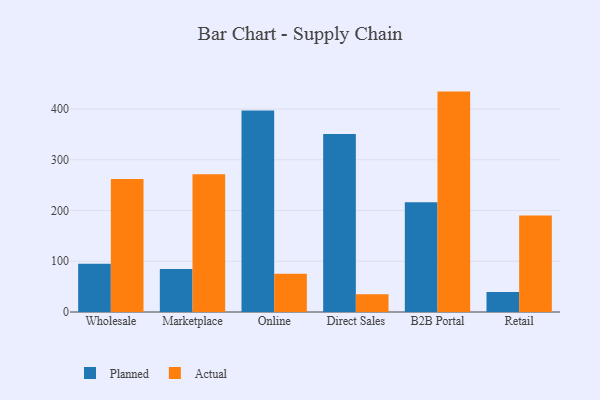
{"axis": {"x": "Channel", "y": "Customer Acquisition Cost (USD)"}, "legend": ["Actual", "Planned"], "data": [{"x": "Wholesale", "y": 94.9, "type": "Planned"}, {"x": "Wholesale", "y": 262.0, "type": "Actual"}, {"x": "Marketplace", "y": 84.6, "type": "Planned"}, {"x": "Marketplace", "y": 271.7, "type": "Actual"}, {"x": "Online", "y": 397.3, "type": "Planned"}, {"x": "Online", "y": 75.6, "type": "Actual"}, {"x": "Direct Sales", "y": 350.8, "type": "Planned"}, {"x": "Direct Sales", "y": 34.9, "type": "Actual"}, {"x": "B2B Portal", "y": 216.3, "type": "Planned"}, {"x": "B2B Portal", "y": 434.4, "type": "Actual"}, {"x": "Retail", "y": 39.3, "type": "Planned"}, {"x": "Retail", "y": 190.1, "type": "Actual"}]}